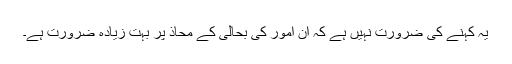
یہ کہنے کی ضرورت نہیں ہے کہ ان امور کی بحالی کے محاذ پر بہت زیادہ ضرورت ہے۔